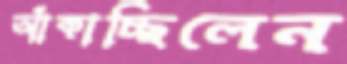
আঁকাচ্ছিলেন